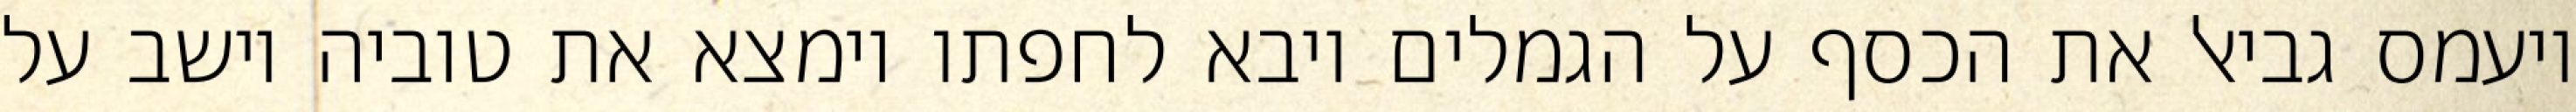
ויעמס גביאל את הכסף על הגמלים ויבא לחפתו וימצא את טוביה יושב על